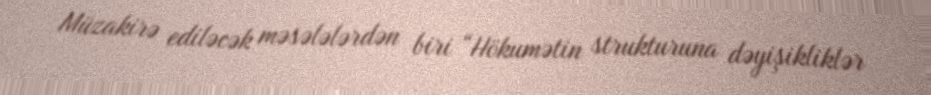
Müzakirə ediləcək məsələlərdən biri “Hökumətin strukturuna dəyişikliklər